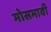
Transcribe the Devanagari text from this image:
मोसमावी